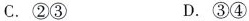
C. ②③ D. ③④